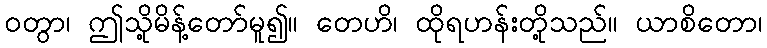
ဝတွာ၊ ဤသို့မိန့်တော်မူ၍။ တေဟိ၊ ထိုရဟန်းတို့သည်။ ယာစိတော၊